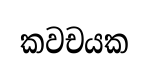
කවචයක